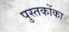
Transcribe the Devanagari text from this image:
पुस्‍तकोंका